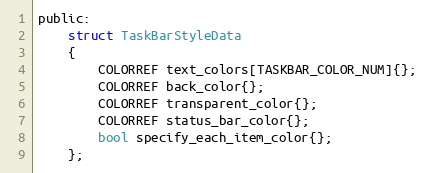
Language: C
public:
	struct TaskBarStyleData
	{
		COLORREF text_colors[TASKBAR_COLOR_NUM]{};
		COLORREF back_color{};
		COLORREF transparent_color{};
		COLORREF status_bar_color{};
		bool specify_each_item_color{};
	};